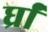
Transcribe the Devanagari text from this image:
र्घ्रां